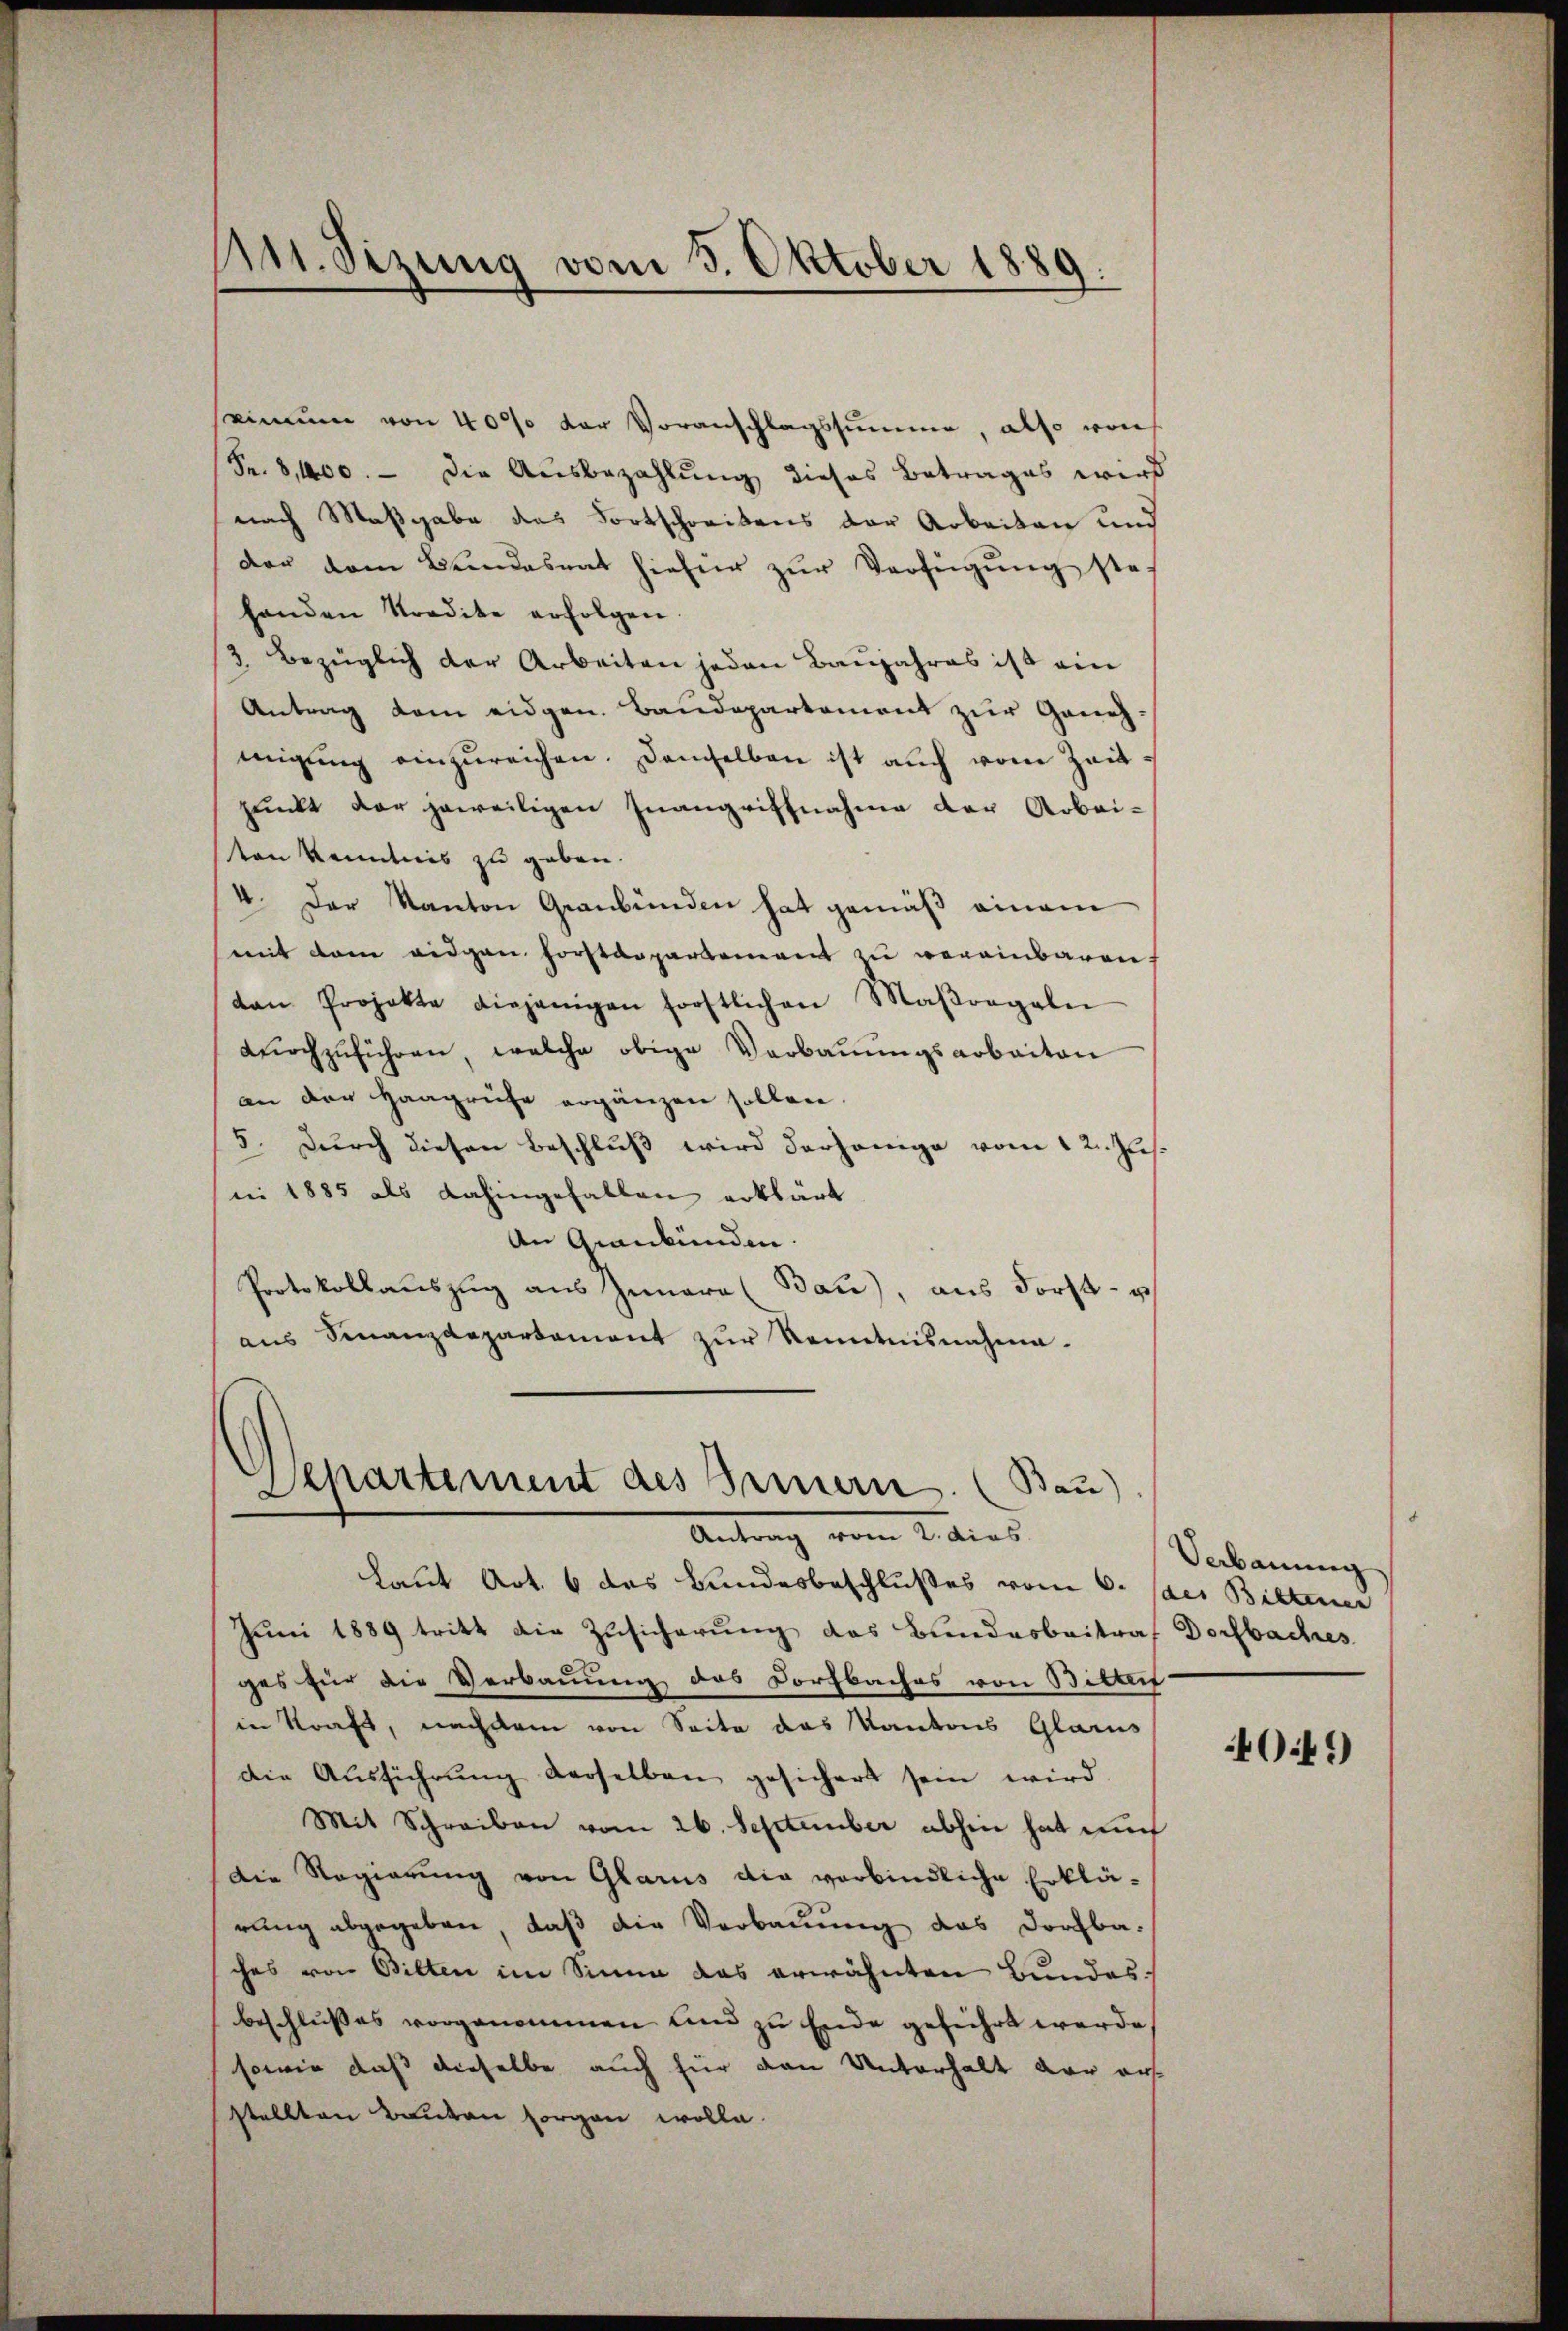
seinem von 40% der Voranschlagssumme, also von
Sr.8,400. - Die Ausbezahlung dieses Betrages wird
nach Maßgabe des Fortschreitens der Arbeiten und
der dem Bŭndesrat hiefür zŭr Verfügŭng ste-
handen Kredite erfolgen
3. Bezüglich der Arbeiten jeden Baujahres ist ein
Antrag dem eidgen. Baudepartement zur Genehmigung einzureichen. Demselben ist auch vom Zeitpunkt der jeweiligen Inangriffnahme der Arbei-
ten Kenntnis zu geben.
4. Der Kanton Graubünden hat gemäß einem
mit dem eidgen Forstdepartement zu vereinbaren
ton Projekte diejenigen forstlichen Maßregeln
dŭrchzŭführen, welche obige Verbaŭŭngsarbeiten
an der Haaprüfe ergänzen sollen.
5. Durch diesen Beschluß wird derjenige vom 12. Jus.
ni 1885 als dahingefallen erklärt
An Graubünden.
Protokollaŭszŭg aŭs Iunara (Bau), ans Forst- u
aŭs Finanzdepartement zŭr Kenntnisnahme.

A11. Sizung vom 3. Oktober 1889.

Departement des Bennern. (Bau
Antrag vom 2. dies

Laut Art. 6 das Bundesbeschlußes vom 6. Jaes Biltener
Juni 1889 tritt die Zusicherung des Bundesbeitraf Dorfbaches
ges für die Verbauung des Dorfbaches von Bitteif
in Kraft, nachdem von Seite das Kantons Glarus
Die Aŭsführŭng derselben gesichert sein wird
Mit Schreiben vom 26. September abhin hat auch
Die Regierung von Glarus die verbindliche Erklä-
rung abgegeben, daß die Verbauung das Dorfbaches von Bilten im Sinne das erwähnten Bundesbeschlusses vorgenommen und zu Ende geführt werde
sowie daß dieselbe auch für den Unterhalt der ers
stellten Bauten sorgen wolle.

Verbauung

40:4?)